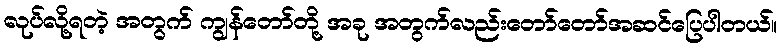
လုပ်လို့ရတဲ့ အတွက် ကျွန်တော်တို့ အခု အတွက်လည်းတော်တော်အဆင်ပြေပါတယ်။